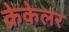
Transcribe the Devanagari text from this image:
क्रेकेलर